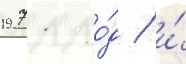
1971 го́д / и́